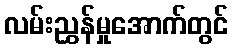
လမ်းညွှန်မှုအောက်တွင်